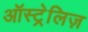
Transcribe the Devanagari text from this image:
ऑस्ट्रेलिज़